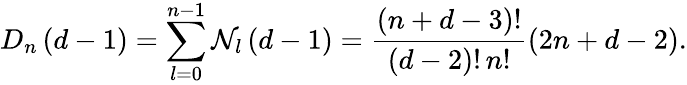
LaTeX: D_{n}\left(d-1\right)=\sum_{l=0}^{n-1}\mathcal{N}_{l}\left(d-1\right)=\frac{{\left(n+d-3\right)!}}{{\left(d-2\right)!\, n!}}\left(2n+d-2\right).